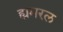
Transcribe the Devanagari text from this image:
ह्यमरल